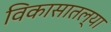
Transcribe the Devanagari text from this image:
विकासातल्या